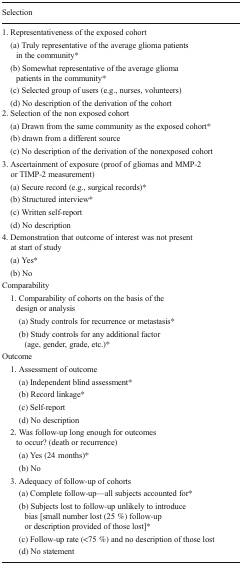
<table><thead><tr><td><b>Selection</b></td></tr></thead><tbody><tr><td>1. Representativeness of the exposed cohort</td></tr><tr><td> (a) Truly representative of the average glioma patients in the community*</td></tr><tr><td> (b) Somewhat representative of the average glioma patients in the community*</td></tr><tr><td> (c) Selected group of users (e.g., nurses, volunteers)</td></tr><tr><td> (d) No description of the derivation of the cohort2. Selection of the non exposed cohort</td></tr><tr><td> (a) Drawn from the same community as the exposed cohort*</td></tr><tr><td> (b) drawn from a different source</td></tr><tr><td> (c) No description of the derivation of the nonexposed cohort</td></tr><tr><td>3. Ascertainment of exposure (proof of gliomas and MMP-2 or TIMP-2 measurement)</td></tr><tr><td> (a) Secure record (e.g., surgical records)*</td></tr><tr><td> (b) Structured interview*</td></tr><tr><td> (c) Written self-report</td></tr><tr><td> (d) No description</td></tr><tr><td>4. Demonstration that outcome of interest was not present at start of study</td></tr><tr><td> (a) Yes*</td></tr><tr><td> (b) No</td></tr><tr><td>Comparability</td></tr><tr><td> 1. Comparability of cohorts on the basis of the design or analysis</td></tr><tr><td>(a) Study controls for recurrence or metastasis*</td></tr><tr><td>(b) Study controls for any additional factor (age, gender, grade, etc.)*</td></tr><tr><td>Outcome</td></tr><tr><td> 1. Assessment of outcome</td></tr><tr><td>(a) Independent blind assessment*</td></tr><tr><td>(b) Record linkage*</td></tr><tr><td>(c) Self-report</td></tr><tr><td>(d) No description</td></tr><tr><td> 2. Was follow-up long enough for outcomes to occur? (death or recurrence)</td></tr><tr><td>(a) Yes (24 months)*</td></tr><tr><td>(b) No</td></tr><tr><td> 3. Adequacy of follow-up of cohorts</td></tr><tr><td>(a) Complete follow-up—all subjects accounted for*</td></tr><tr><td>(b) Subjects lost to follow-up unlikely to introduce bias [small number lost (25 %) follow-up or description provided of those lost]*</td></tr><tr><td>(c) Follow-up rate (&lt;75 %) and no description of those lost</td></tr><tr><td>(d) No statement</td></tr></tbody></table>